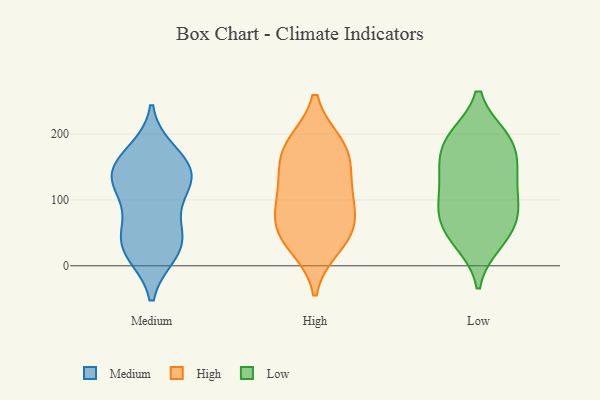
{"axis": {"x": "Headcount", "y": "Value"}, "legend": ["High", "Low", "Medium"], "data": [{"x": "", "y": 143, "type": "Medium"}, {"x": "", "y": 38, "type": "Medium"}, {"x": "", "y": 132, "type": "Medium"}, {"x": "", "y": 171, "type": "Medium"}, {"x": "", "y": 42, "type": "Medium"}, {"x": "", "y": 141, "type": "Medium"}, {"x": "", "y": 119, "type": "Medium"}, {"x": "", "y": 114, "type": "Medium"}, {"x": "", "y": 62, "type": "Medium"}, {"x": "", "y": 21, "type": "Medium"}, {"x": "", "y": 20, "type": "Medium"}, {"x": "", "y": 159, "type": "Medium"}, {"x": "", "y": 100, "type": "High"}, {"x": "", "y": 139, "type": "High"}, {"x": "", "y": 181, "type": "High"}, {"x": "", "y": 65, "type": "High"}, {"x": "", "y": 41, "type": "High"}, {"x": "", "y": 177, "type": "High"}, {"x": "", "y": 30, "type": "High"}, {"x": "", "y": 131, "type": "High"}, {"x": "", "y": 184, "type": "High"}, {"x": "", "y": 89, "type": "High"}, {"x": "", "y": 57, "type": "High"}, {"x": "", "y": 146, "type": "Low"}, {"x": "", "y": 35, "type": "Low"}, {"x": "", "y": 54, "type": "Low"}, {"x": "", "y": 195, "type": "Low"}, {"x": "", "y": 192, "type": "Low"}, {"x": "", "y": 101, "type": "Low"}, {"x": "", "y": 142, "type": "Low"}, {"x": "", "y": 154, "type": "Low"}, {"x": "", "y": 81, "type": "Low"}, {"x": "", "y": 65, "type": "Low"}, {"x": "", "y": 90, "type": "Low"}, {"x": "", "y": 190, "type": "Low"}, {"x": "", "y": 96, "type": "Low"}, {"x": "", "y": 38, "type": "Low"}, {"x": "", "y": 140, "type": "Low"}, {"x": "", "y": 195, "type": "Low"}]}